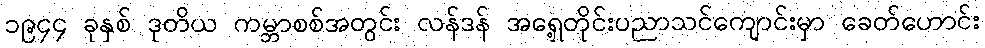
၁၉၄၄ ခုနှစ် ဒုတိယ ကမ္ဘာစစ်အတွင်း လန်ဒန် အရှေ့တိုင်းပညာသင်ကျောင်းမှာ ခေတ်ဟောင်း